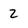
Character: 2